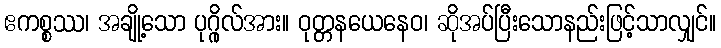
ဧကစ္စဿ၊ အချို့သော ပုဂ္ဂိုလ်အား။ ဝုတ္တနယေနေဝ၊ ဆိုအပ်ပြီးသောနည်းဖြင့်သာလျှင်။